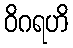
ဝိဂရဟိ